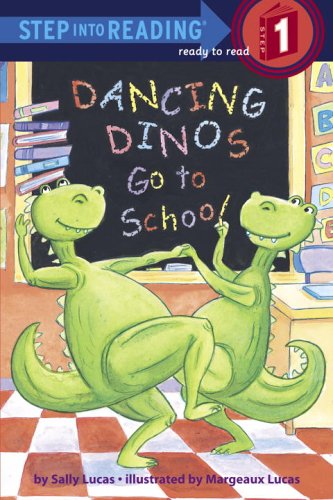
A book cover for Dancing Dinos Go to School (Step into Reading); Sally Lucas; Children's Books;